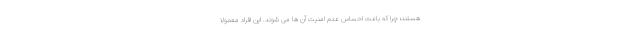
هستند؛ چرا که باعث احساس عدم امنیت آن ها می شوند. این افراد معمولا